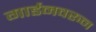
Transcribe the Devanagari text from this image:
गार्डनवरुन